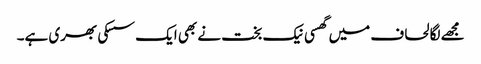
مجھے لگا لحاف میں گھسی نیک بخت نے بھی ایک سسکی بھری ہے۔